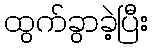
ထွက်ခွာခဲ့ပြီး